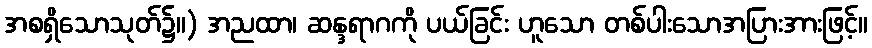
အစရှိသောသုတ်၌။) အညထာ၊ ဆန္ဒရာဂကို ပယ်ခြင်း ဟူသော တစ်ပါးသောအပြားအားဖြင့်။